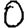
Digit: 0